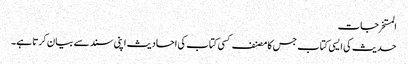
المستخرجات
حدیث کی ایسی کتاب جس کا مصنف کسی کتاب کی احادیث اپنی سند سے بیان کرتا ہے۔